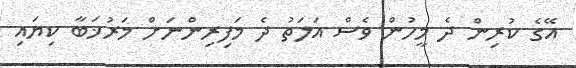
އޭގެ ކުރިން ދެ މީހުން ވެސް އަލަތު ދެ މަފިރިންނަށް މަރުޚަބާ ކިޔައި